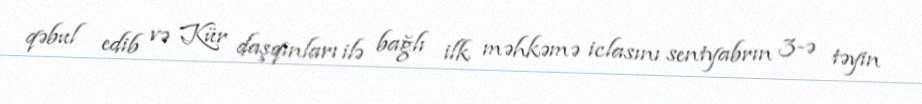
qəbul edib və Kür daşqınları ilə bağlı ilk məhkəmə iclasını sentyabrın 3-ə təyin